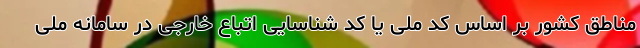
مناطق کشور بر اساس کد ملی یا کد شناسایی اتباع خارجی در سامانه ملی